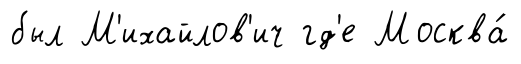
был М'ихайлов'ич гд'е Москва́